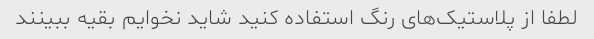
لطفا از پلاستیک‌های رنگ استفاده کنید شاید نخوایم بقیه ببینند